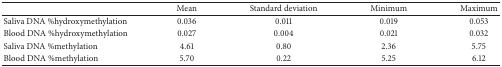
|  | Mean | Standard deviation | Minimum | Maximum |
 | --- | --- | --- | --- | --- |
 | Saliva DNA %hydroxymethylation | 0.036 | 0.011 | 0.019 | 0.053 |
 | Blood DNA % hydroxymethylation | 0.027 | 0.004 | 0.021 | 0.032 |
 | Saliva DNA %methylation | 4.61 | 0.80 | 2.36 | 5.75 |
 | Blood DNA % methylation | 5.70 | 0.22 | 5.25 | 6.12 |